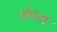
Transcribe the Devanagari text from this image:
लंपस